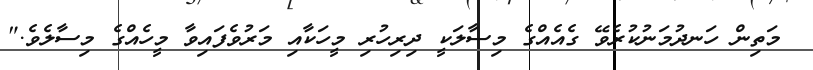
މަތިން ހަނދުމަނުކުރެވޭ ގެއެއްގެ މިސާލަކީ ދިރިހުރި މީހަކާއި މަރުވެފައިވާ މީހެއްގެ މިސާލެވެ."